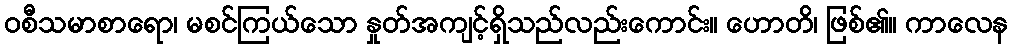
ဝစီသမာစာရော၊ မစင်ကြယ်သော နှုတ်အကျင့်ရှိသည်လည်းကောင်း။ ဟောတိ၊ ဖြစ်၏။ ကာလေန